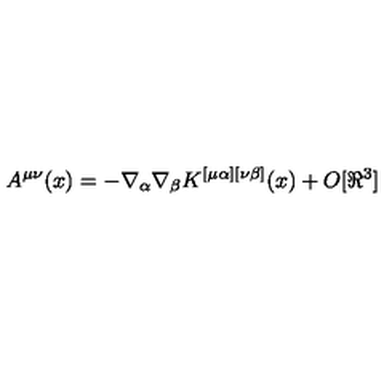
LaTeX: A ^ { \mu \nu } ( x ) = - \nabla _ { \alpha } \nabla _ { \beta } K ^ { [ \mu \alpha ] [ \nu \beta ] } ( x ) + O [ \Re ^ { 3 } ]